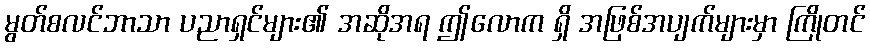
မွတ်စလင်ဘာသာ ပညာရှင်များ၏ အဆိုအရ ဤလောက ရှိ အဖြစ်အပျက်များမှာ ကြိုတင်